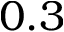
0 . 3